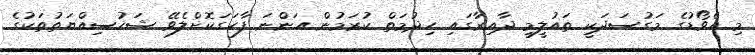
މި އެވޯޑުގެ މަގުސަދަކީ ތައުލީމީ ދާއިރާގައި ހިދުމަތް ކުރަމުން އަންނަ ފާހަގަކޮށްލެވޭ ޝަހުސިއްޔަތުތަކުގެ